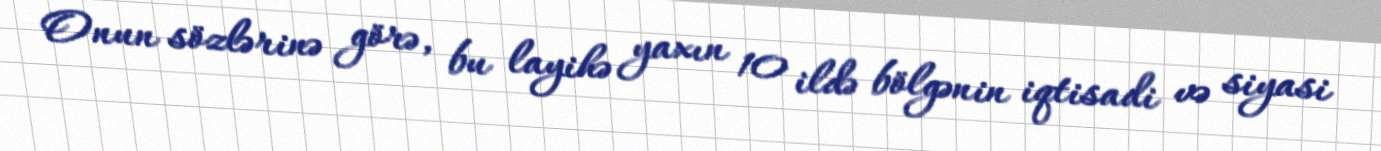
Onun sözlərinə görə, bu layihə yaxın 10 ildə bölgənin iqtisadi və siyasi